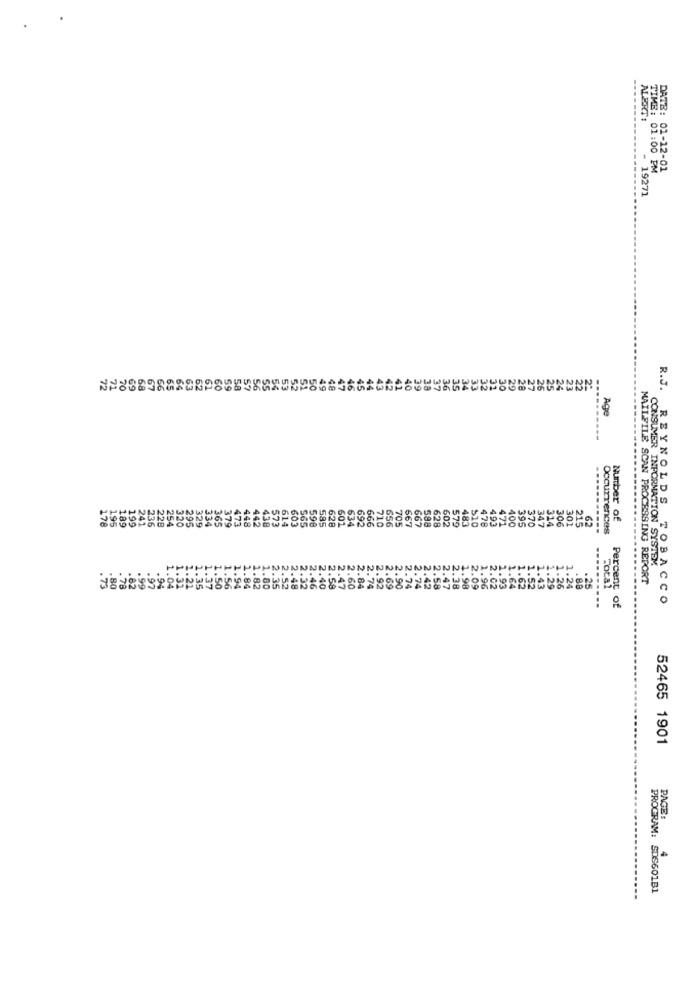
ALERT:
DATE:
TIME: 01:00-13
- 19271
R.J.
473
448
442
634
667
471
395
347
306
301
Number of
329
603
565
598
585
628
601
692
666
710
656
705
667
588
628
602
579
483
510
478
495
400
370
314
215
62
Occurrences
CONSUMER INFORMATION SYSTEM
MAILFILE SCAN PROCESSING REPORT
62
.43
Total
Percent o
REYNOLDS TOBACCO
52465 1901
PAGE:
4
PROGRAM: SDS601B1